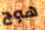
هوج